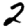
Digit: 2